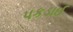
પકડાઈ